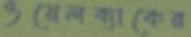
ওয়েলব্যাকের